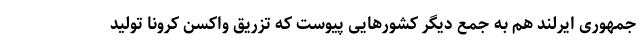
جمهوری ایرلند هم به جمع دیگر کشورهایی پیوست که تزریق واکسن کرونا تولید